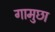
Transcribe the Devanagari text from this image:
गामुछा